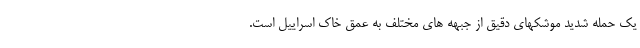
یک حمله شدید موشکهای دقیق از جبهه های مختلف به عمق خاک اسراییل است.